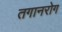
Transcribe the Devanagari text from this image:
तगानरोग